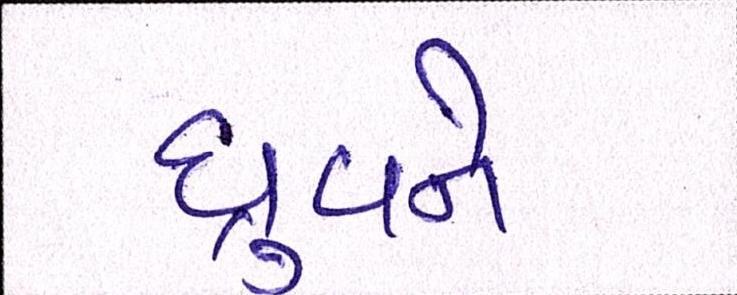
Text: ધ્રુવને